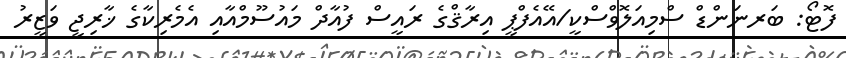
ފޮޓޯ: ބަރނަންޑް ސްމިއަލޮވްސްކީ/އޭއެފްޕީ އިރާޤްގެ ރައީސް ފުއާދް މައުސޫމްއާއި އެމެރިކާގެ ޚާރިޖީ ވަޒީރު